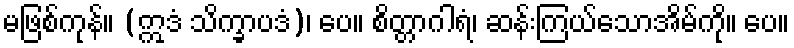
မဖြစ်ကုန်။ (ဣဒံ သိက္ခာပဒံ)၊ ပေ။ စိတ္တာဂါရံ၊ ဆန်းကြယ်သောအိမ်ကို။ ပေ။